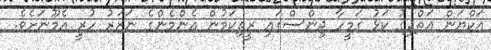
އަކްޔަން އަތްދިގު ކަޅު ގަމީހާ ޖިންސްގައި ރީތިކަމުން އެންމެންގެ ނަޒަރު ހުރީ އެމޫނަށެވެ.